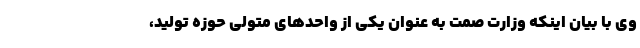
وی با بیان اینکه وزارت صمت به عنوان یکی از واحدهای متولی حوزه تولید،